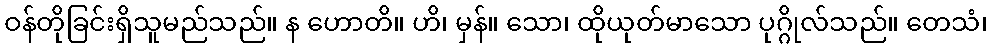
ဝန်တိုခြင်းရှိသူမည်သည်။ န ဟောတိ။ ဟိ၊ မှန်။ သော၊ ထိုယုတ်မာသော ပုဂ္ဂိုလ်သည်။ တေသံ၊